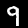
Label: 9